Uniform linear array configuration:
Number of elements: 4
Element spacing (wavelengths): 0.75
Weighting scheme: cosine
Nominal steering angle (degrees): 15
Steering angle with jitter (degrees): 13.436
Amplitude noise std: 0.05
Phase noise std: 0.05

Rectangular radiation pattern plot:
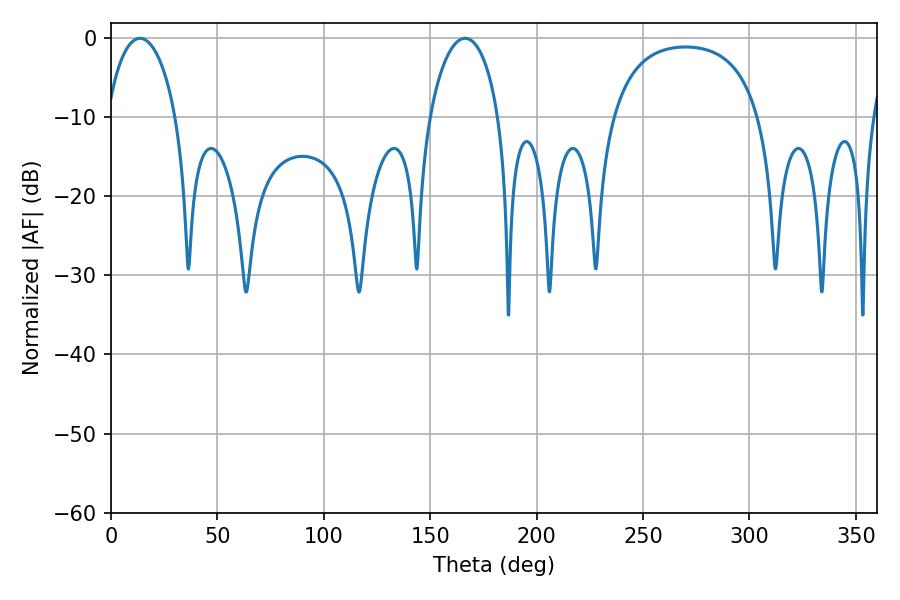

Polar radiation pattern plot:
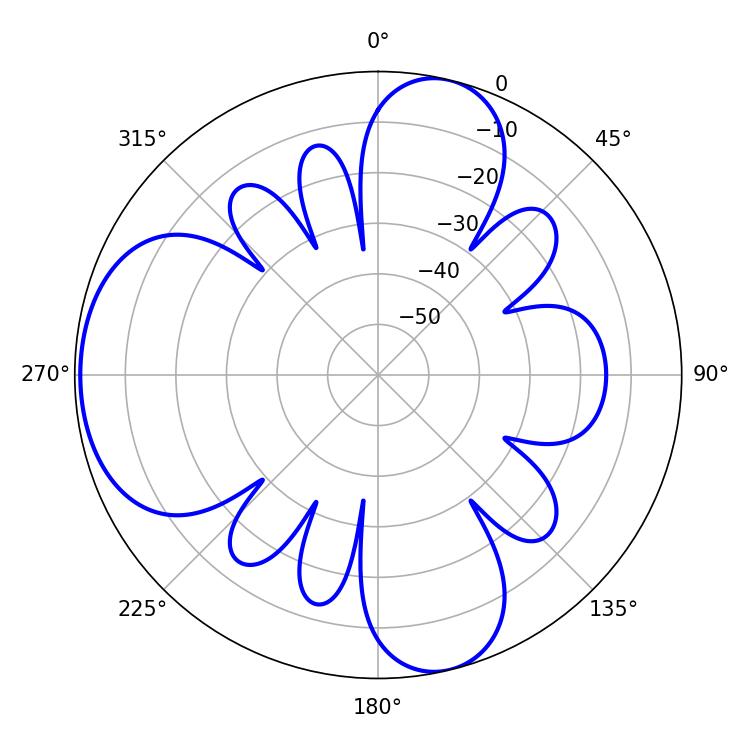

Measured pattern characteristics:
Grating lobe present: TRUE
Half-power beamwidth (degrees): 18.54
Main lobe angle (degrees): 13.68